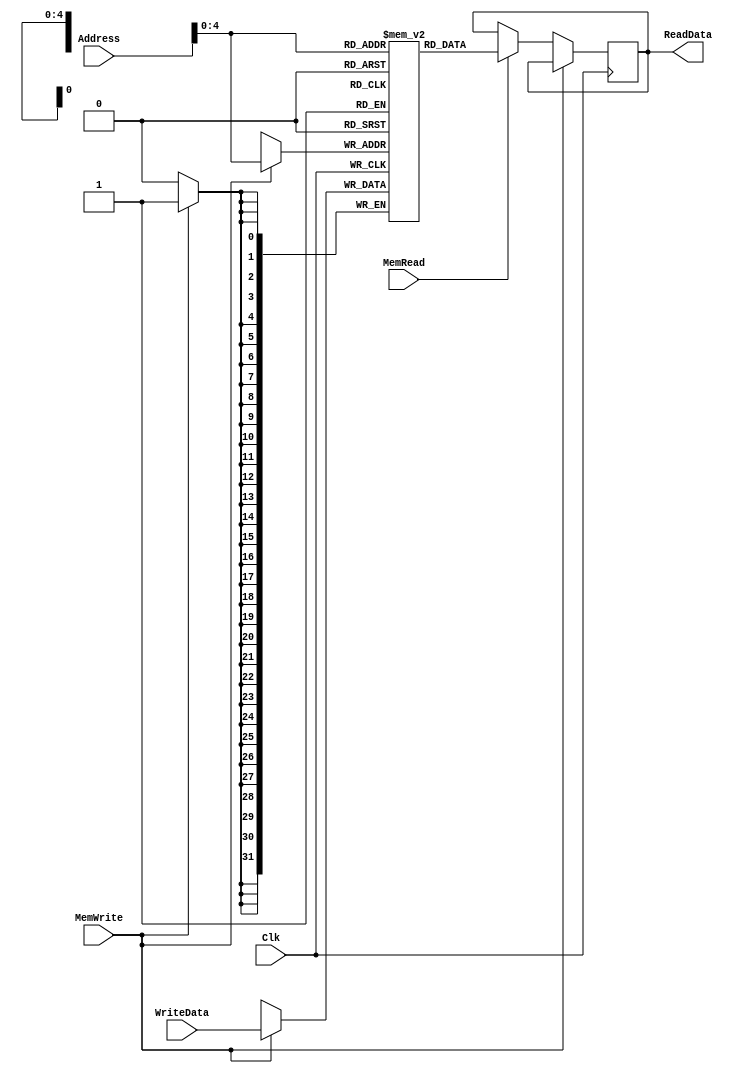
module Data_Memory (Clk,Address,WriteData,ReadData,MemRead,MemWrite);
  input MemWrite,MemRead,Clk;
  input [31:0]Address;
  input [31:0]WriteData;
  output reg [31:0]ReadData;
  reg [31:0]MemData[0:31];

  initial begin
    MemData[0] = 0;
    MemData[1] = 0;
    MemData[2] = 0;
    MemData[3] = 0;
    MemData[4] = 0;
    MemData[5] = 0;
    MemData[6] = 0;
    MemData[7] = 666;
    MemData[8] = 0;
    MemData[9] = 555;
    MemData[10] = 0;
    MemData[11] = 0;
    MemData[12] = 0;
    MemData[13] = 0;
    MemData[14] = 0;
    MemData[15] = 0;
    MemData[16] = 0;
    MemData[17] = 0;
    MemData[18] = 0;
    MemData[19] = 0;
    MemData[20] = 0;
    MemData[21] = 0;
    MemData[22] = 0;
    MemData[23] = 0;
    //$monitor("\n\t->Store dado!\nMemdata1: %d\nMemdata2: %d",MemData[7],MemData[9]);
  end

 always @ (negedge Clk) begin
  if(MemWrite == 1) begin
    MemData[Address] <= WriteData;
    end
 else if(MemRead == 1) begin
     ReadData <= MemData[Address];
    end
 end

endmodule //Data_memory2